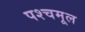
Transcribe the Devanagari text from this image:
पश्चमूल